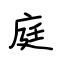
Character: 庭